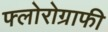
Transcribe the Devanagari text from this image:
फ्लोरोग्राफी